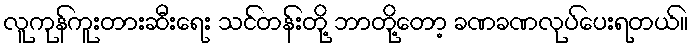
လူကုန်ကူးတားဆီးရေး သင်တန်းတို့ ဘာတို့တော့ ခဏခဏလုပ်ပေးရတယ်။